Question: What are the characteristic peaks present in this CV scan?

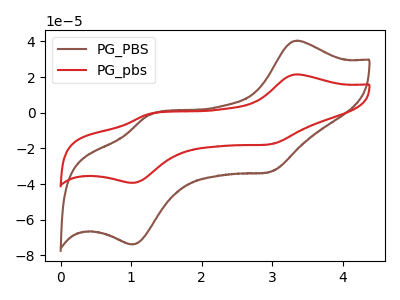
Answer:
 <answer>The brown curve "PG_PBS" has anodic peaks at (3.35V, 40.45uA) (1.25V, -1.30uA) and cathodic peaks at (2.95V, -33.20uA) (1.00V, -73.85uA). The red curve "PG_pbs" has anodic peaks at (3.35V, 21.55uA) (1.25V, -0.70uA) and cathodic peaks at (2.95V, -17.65uA) (1.00V, -39.30uA).</answer>
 <eval></eval>